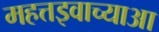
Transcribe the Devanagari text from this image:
महत्तइवाच्याआ